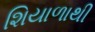
શિયાળાથી